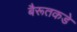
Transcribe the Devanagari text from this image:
बैरूतकडे